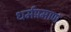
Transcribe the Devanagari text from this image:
धर्मप्रमाण